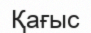
Қағыс